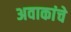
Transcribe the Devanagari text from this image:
अवाकांचे